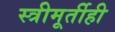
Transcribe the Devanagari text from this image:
स्त्रीमूर्तीही